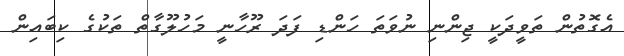
އެގޮތުން ތަވީދަކީ ޖިންނި ނުވަތަ ހަންޑި ފަދަ ރޫހާނީ މަހުލޫގާތް ތަކުގެ ކިބައިން